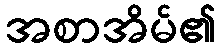
အစာအိမ်၏